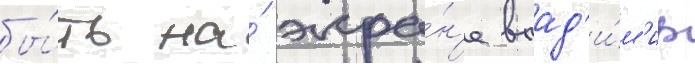
бы́ть на́ экра́н'е влад'и́м'ир